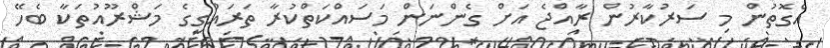
އެގޮތުން މި ސަރުކާރުން ރާއްޖެ އަށް ގެންނަން މަސައްކަތްކުރާ ތަރައްގީގެ މަޝްރޫއުތަކާ ބެހޭ